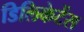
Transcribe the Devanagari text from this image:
डिलिकेटेंस